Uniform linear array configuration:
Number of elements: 64
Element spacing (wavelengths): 0.25
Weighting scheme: kaiser
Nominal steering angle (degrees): -60
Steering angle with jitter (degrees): -58.194
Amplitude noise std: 0.05
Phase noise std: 0.05

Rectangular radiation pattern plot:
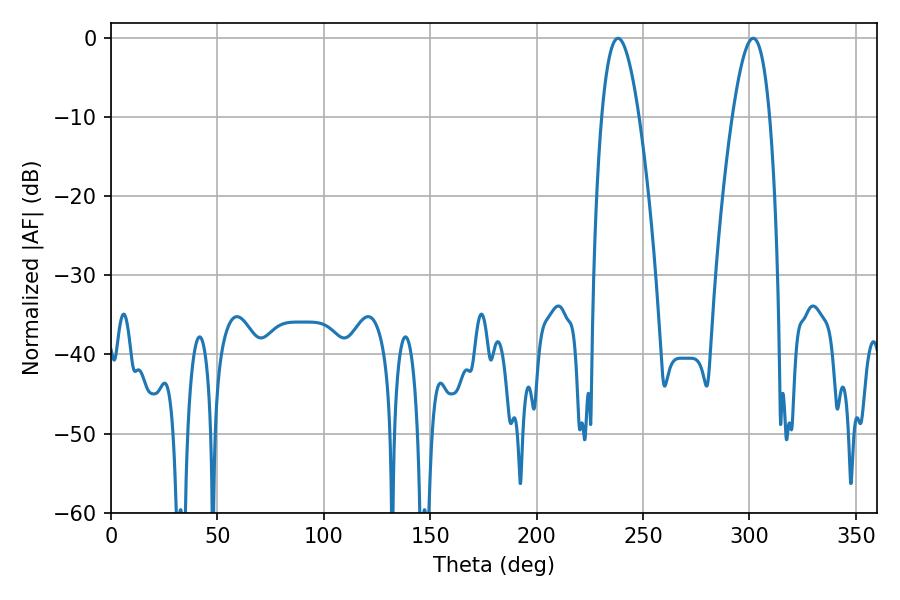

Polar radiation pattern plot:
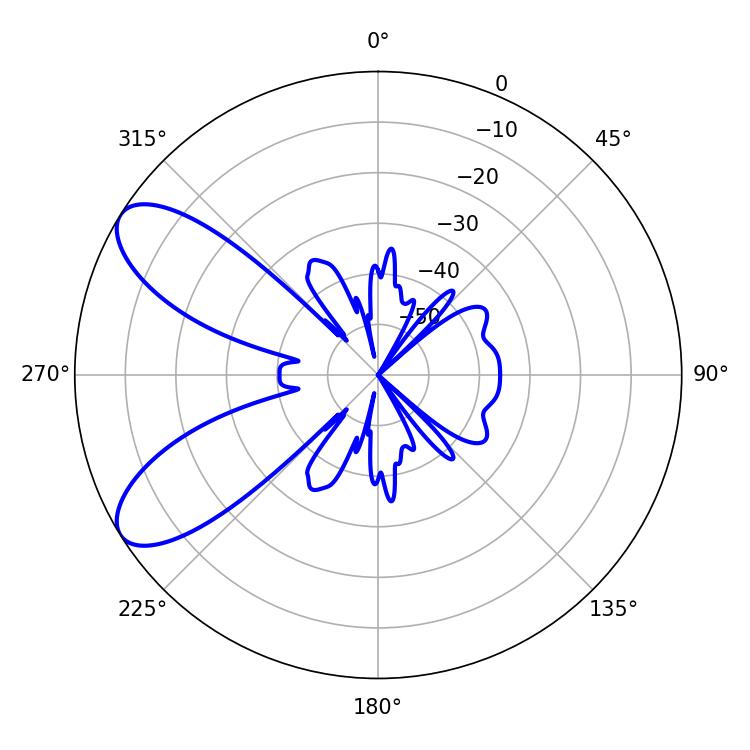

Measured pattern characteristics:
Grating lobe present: FALSE
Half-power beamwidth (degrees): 9.54
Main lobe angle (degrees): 238.14